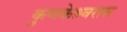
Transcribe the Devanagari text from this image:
कुणकेश्र्वरास